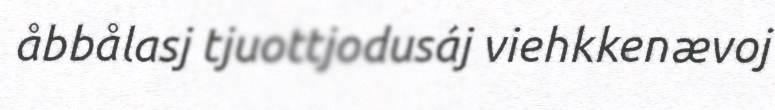
åbbålasj tjuottjodusáj viehkkenævoj